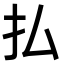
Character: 払